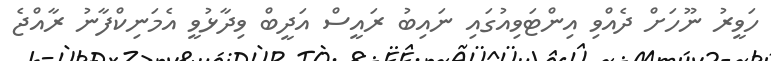
ހަވީރު ނޫހަށް ދެއްވި އިންޓަވިއުގައި ނައިބު ރައީސް އަދީބް ވިދާޅުވީ އެމަނިކްފާނު ރާއްޖެ